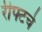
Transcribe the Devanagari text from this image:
रीफ्टचे